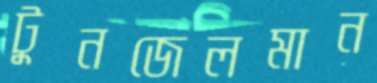
টুনজেলমান